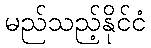
မည်သည့်နိုင်ငံ